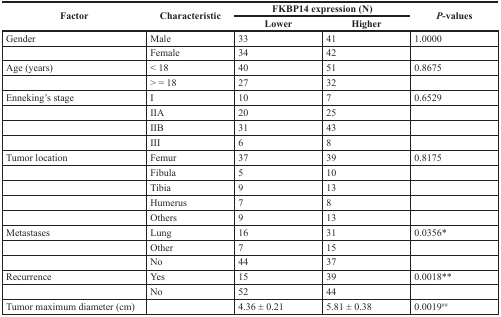
<table><thead><tr><td rowspan="2"><b>Factor</b></td><td rowspan="2"><b>Characteristic</b></td><td colspan="2"><b>FKBP14 expression (N)</b></td><td rowspan="2"><b><i>P</i>-values</b></td></tr><tr><td><b>Lower</b></td><td><b>Higher</b></td></tr></thead><tbody><tr><td>Gender</td><td>Male</td><td>33</td><td>41</td><td>1.0000</td></tr><tr><td>[EMPTY_CELL]</td><td>Female</td><td>34</td><td>42</td><td>[EMPTY_CELL]</td></tr><tr><td>Age (years)</td><td>&lt; 18</td><td>40</td><td>51</td><td>0.8675</td></tr><tr><td>[EMPTY_CELL]</td><td>&gt; = 18</td><td>27</td><td>32</td><td>[EMPTY_CELL]</td></tr><tr><td>Enneking's stage</td><td>I</td><td>10</td><td>7</td><td>0.6529</td></tr><tr><td>[EMPTY_CELL]</td><td>IIA</td><td>20</td><td>25</td><td>[EMPTY_CELL]</td></tr><tr><td>[EMPTY_CELL]</td><td>IIB</td><td>31</td><td>43</td><td>[EMPTY_CELL]</td></tr><tr><td>[EMPTY_CELL]</td><td>III</td><td>6</td><td>8</td><td>[EMPTY_CELL]</td></tr><tr><td>Tumor location</td><td>Femur</td><td>37</td><td>39</td><td>0.8175</td></tr><tr><td>[EMPTY_CELL]</td><td>Fibula</td><td>5</td><td>10</td><td>[EMPTY_CELL]</td></tr><tr><td>[EMPTY_CELL]</td><td>Tibia</td><td>9</td><td>13</td><td>[EMPTY_CELL]</td></tr><tr><td>[EMPTY_CELL]</td><td>Humerus</td><td>7</td><td>8</td><td>[EMPTY_CELL]</td></tr><tr><td>[EMPTY_CELL]</td><td>Others</td><td>9</td><td>13</td><td>[EMPTY_CELL]</td></tr><tr><td>Metastases</td><td>Lung</td><td>16</td><td>31</td><td>0.0356*</td></tr><tr><td>[EMPTY_CELL]</td><td>Other</td><td>7</td><td>15</td><td>[EMPTY_CELL]</td></tr><tr><td>[EMPTY_CELL]</td><td>No</td><td>44</td><td>37</td><td>[EMPTY_CELL]</td></tr><tr><td>Recurrence</td><td>Yes</td><td>15</td><td>39</td><td>0.0018**</td></tr><tr><td>[EMPTY_CELL]</td><td>No</td><td>52</td><td>44</td><td>[EMPTY_CELL]</td></tr><tr><td>Tumor maximum diameter (cm)</td><td>[EMPTY_CELL]</td><td>4.36 ± 0.21</td><td>5.81 ± 0.38</td><td>0.0019<sup>##</sup></td></tr></tbody></table>